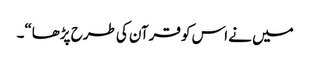
میں نے اس کو قرآن کی طرح پڑھا“۔